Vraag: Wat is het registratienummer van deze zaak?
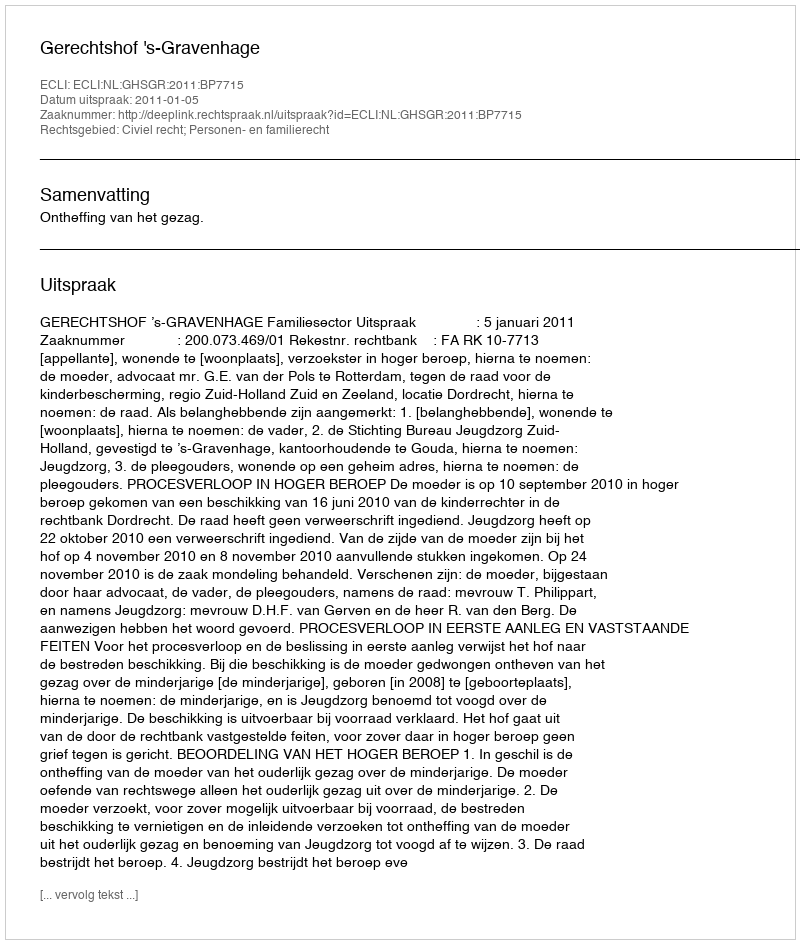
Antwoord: http://deeplink.rechtspraak.nl/uitspraak?id=ECLI:NL:GHSGR:2011:BP7715